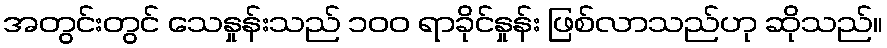
အတွင်းတွင် သေနှုန်းသည် ၁၀၀ ရာခိုင်နှုန်း ဖြစ်လာသည်ဟု ဆိုသည်။